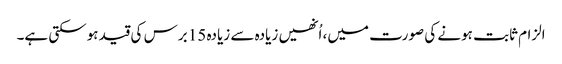
الزام ثابت ہونے کی صورت میں، اُنھیں زیادہ سے زیادہ 15 برس کی قید ہوسکتی ہے۔